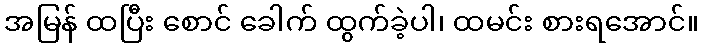
အမြန် ထပြီး စောင် ခေါက် ထွက်ခဲ့ပါ၊ ထမင်း စားရအောင်။